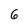
Character: 6